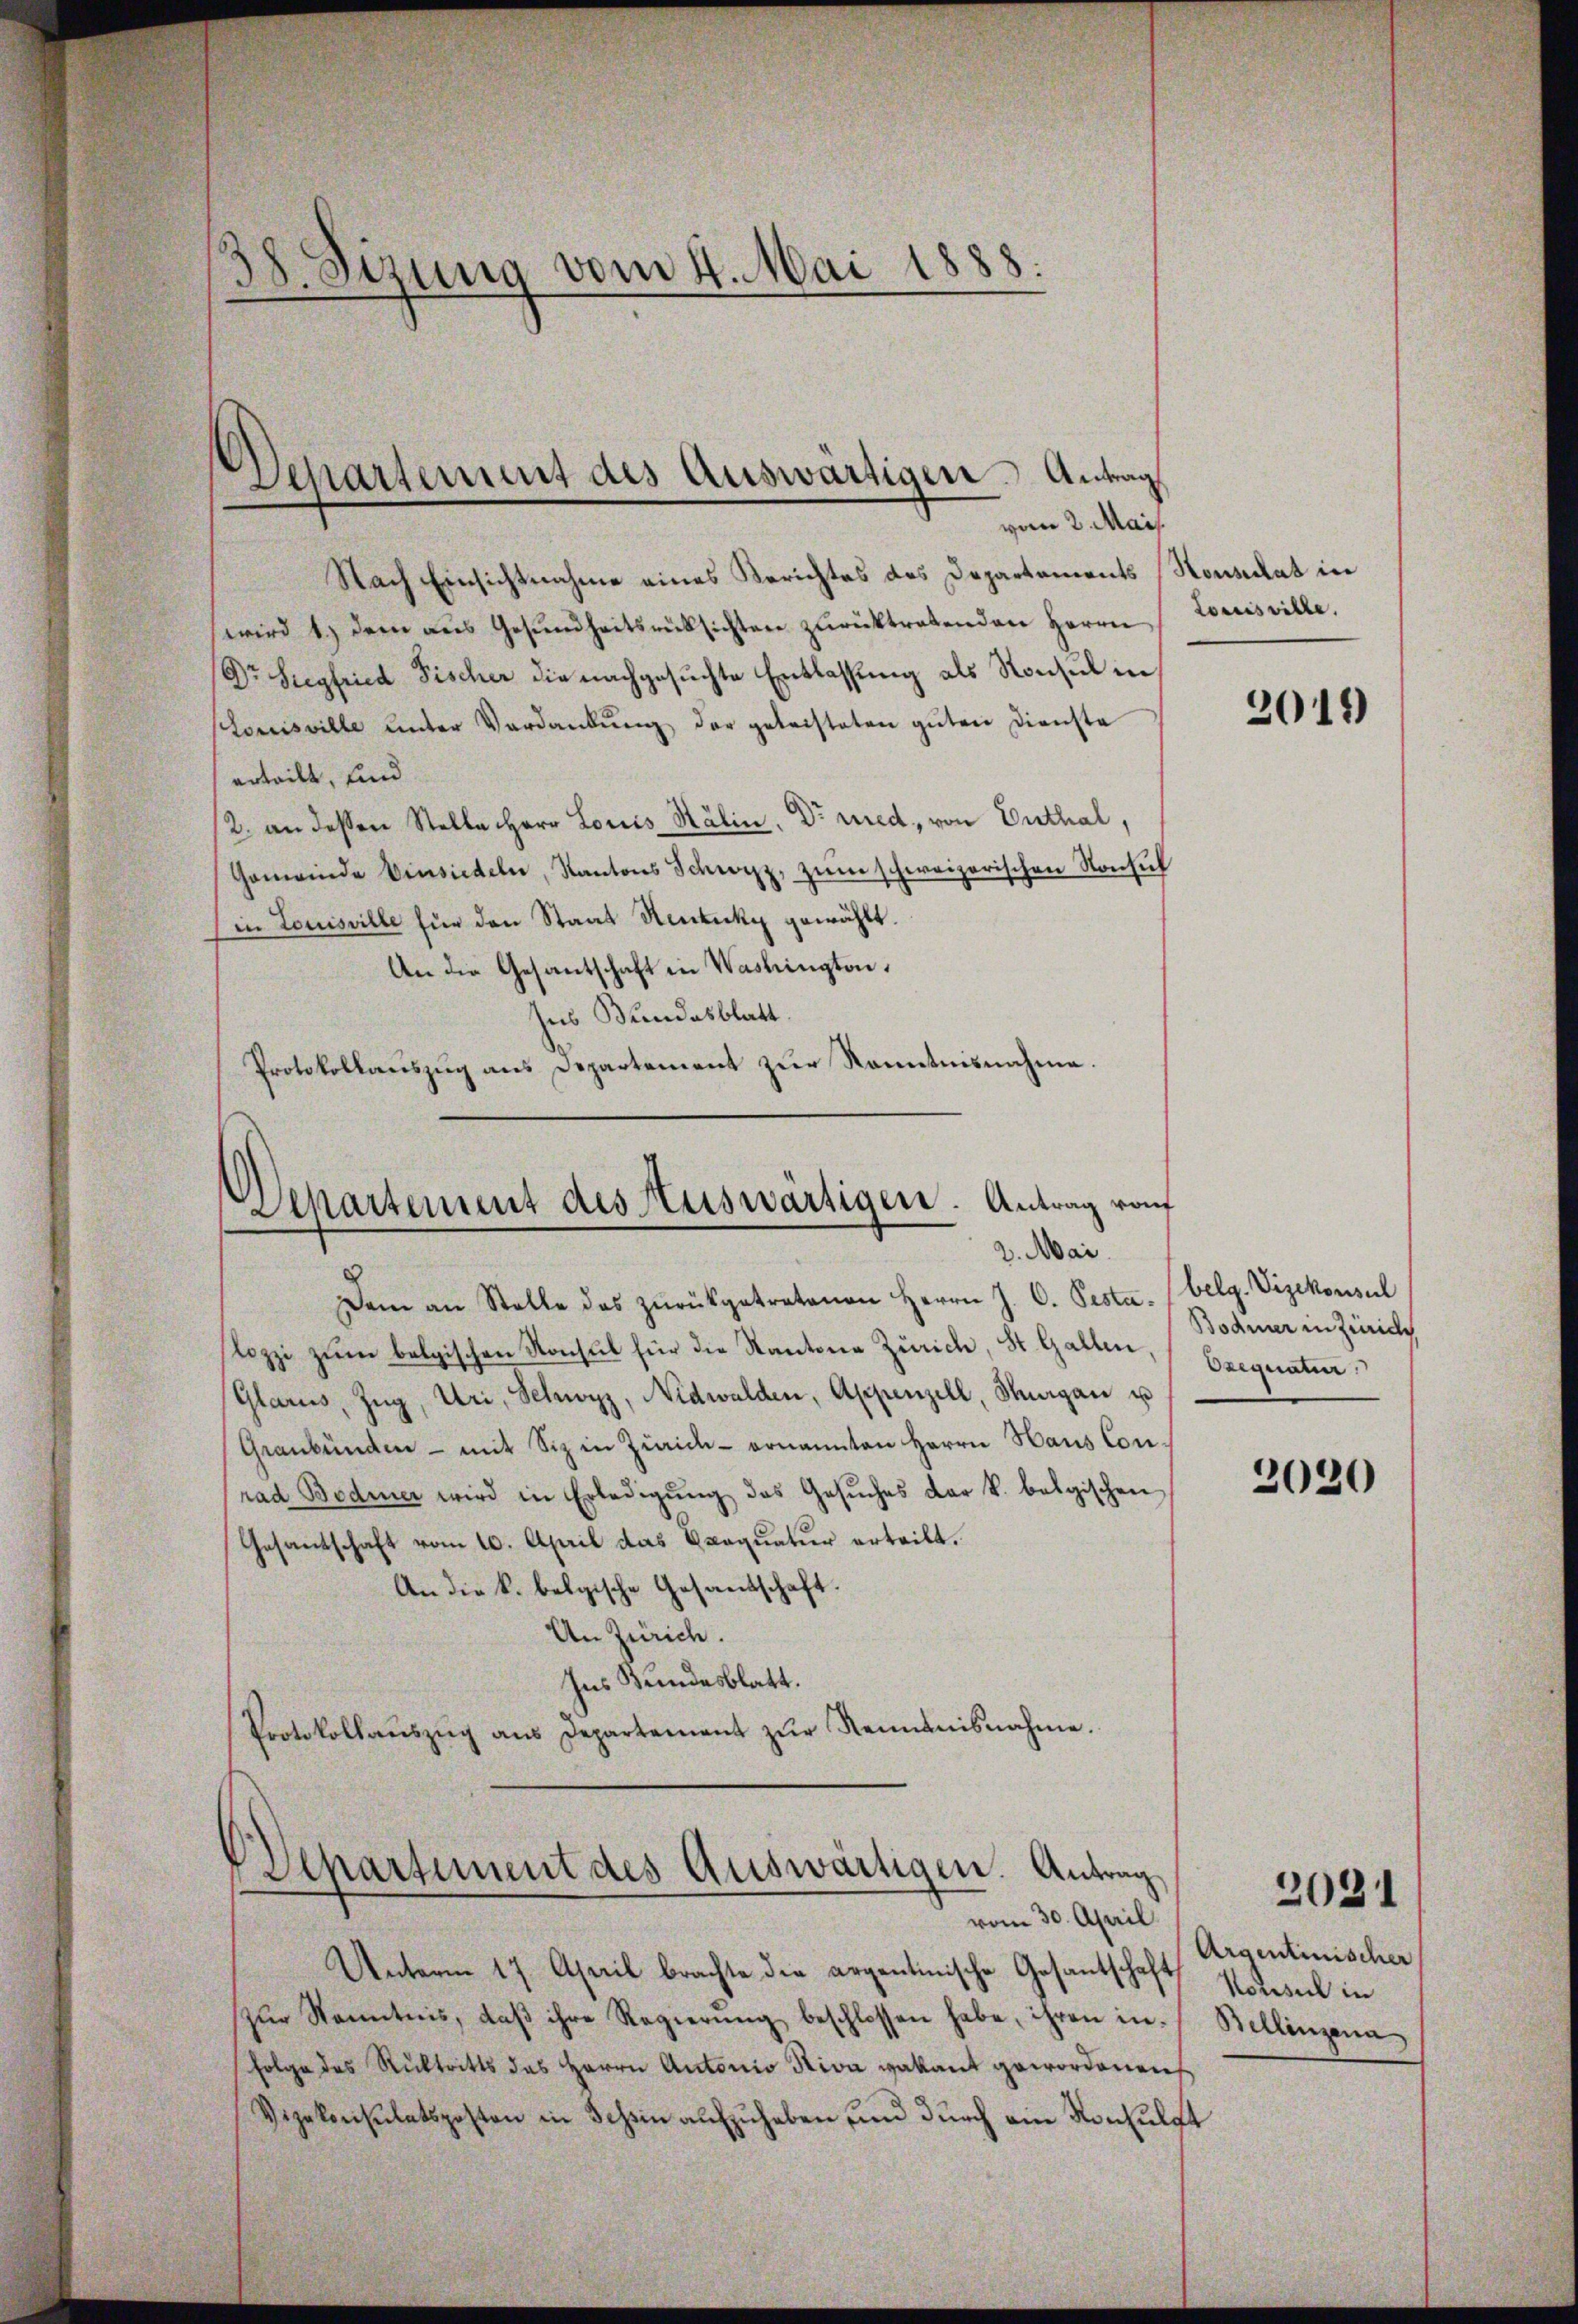
38. Sizung vom 4. Mai 1888.
.

Nach Einsichtnahme eines Berichtes des Departements Konsulat in
wird 1) denn aus Gesŭndheitsrüksichten zŭrücktretenden Herrn
Dr. Siegfried Fischer die nachgesuchte Entlassung als Konsul in
Louisville unter Verdankŭng der geleisteten guten Dienste
erteilt, und
2. an dessen Stelle Herr Loris Kälin. Dr med. von Enthal,
Gemeinde Einsiedeln, Kantons Schwyz, zum schweizerischen Konsul
in Louisville für den Staat Henzuky gewählt.
An die Gesantschaft in Washington,
Ins Bundesblatt.
Protokollauszug aus Departement zur Kenntnisnahme.
Dem an Stelle das zŭrückgetretenen Herrn J. C. Pesta- (belg. Vizekonsul
lozzi zum bolgischen Konsul für die Kantone Zürich, St. Gallen, Exequatur
Glarus, Zŭg, Uri, Schwyz, Nidwalden, Appenzell, Thurgau u
Graubünden - mit Siz in Zürich ernannten Herrn Haus Con-
rad Bodmer wird in Erledigŭng das Gesŭches der k. belgischen
Gesantschaft vom 10. April das Exequatur erteilt.
An die k. belgische Gesandschaft.
An Zürich.
Ins Bundesblatt.
Protokollaŭszŭg aŭs Departement zŭr Reinanisnahme.
Separtement des Auswärtigen. Antrag
vom 30. April
Unterm 17. April brachte die argentinische Gesantschaft
zŭr Kenntnis, daβ ihre Regierŭng beschlossen habe, ihren in
folge des Rücktritts das Herrn Antonio Riva vakant gewordenen
Vizekonsulatsposten in Schein aufzuheben und durch ein Konsulat

Departement des Auswärtigen. Antrag
vom 2. Mai.

Separtement des Auswärtigen. Antrag vom
2. Mai.

Louisville.

2011)

Bodmer in Zürich

2020

Argentinischer
Konsul in
Bellingena

2031